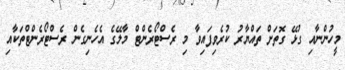
މީހުންނާއި ގުޅޭ ގޮތަށް ތައްޔާރު ކުރެވިފައިވާ މި ރެސްޓޯރެންޓް މާލޭގެ އެހެނިގެން ރެސްޓޯރެންޓްތަކާއި